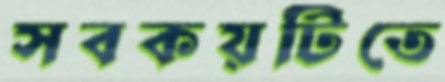
সবকয়টিতে